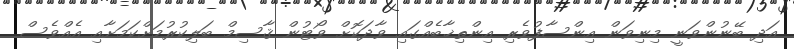
އަދި ބޭނުންވަނީ މިނިވަން އިންސާފުވެރި އިންތިޚާބެއްގައި ވާދަކޮށް ވޯޓުން ޤާސިމް ބަލިކުރުމަށްކަމަށާއި އެއްވެސް